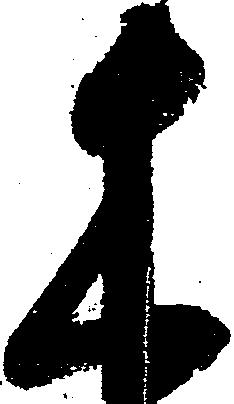
木